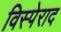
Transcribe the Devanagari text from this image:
विस्पेराद